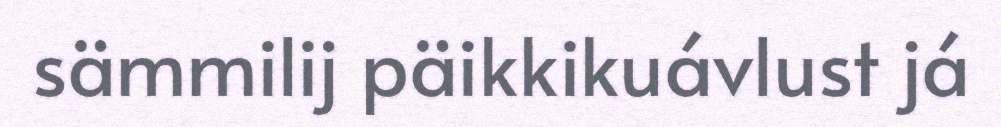
sämmilij päikkikuávlust já